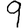
Digit: 9